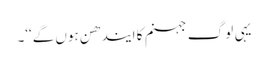
یہی لو گ جہنم کا ایندھن ہوں گے‘‘۔